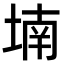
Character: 𡎜